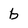
Character: b